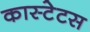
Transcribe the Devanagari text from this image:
कास्टेटस